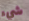
شيء